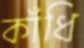
কাঁধি